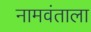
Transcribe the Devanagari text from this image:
नामवंताला